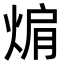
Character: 𭵅